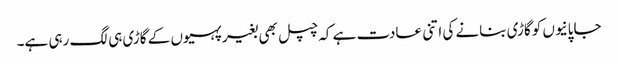
جاپانیوں کو گاڑی بنانے کی اتنی عادت ہے کہ چپل بھی بغیر پہیوں کے گاڑی ہی لگ رہی ہے۔